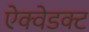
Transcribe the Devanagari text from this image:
ऐक्वेडक्ट